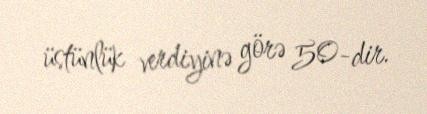
üstünlük verdiyinə görə 50-dir.